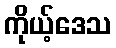
ကိုယ့်ဒေသ